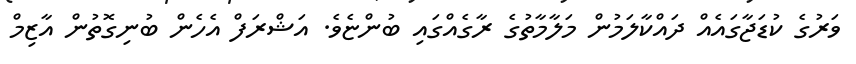
ވަރުގެ ކުޑަޖާގައެއް ދައްކާލަމުން މަލާމާތުގެ ރާގެއްގައި ބުންޏެވެ. އަޝްރަފް އެހެން ބުނިގޮތުން އާޒިމް